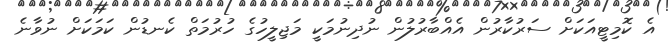
އެ ކޮމިޓީއަކަށް ސަރުކާރުން އެއްބާރުލުން ނުދިނުމަކީ މަޖިލީހުގެ ހުރުމަތް ކެނޑުން ކަމަކަށް ނުވާނެ